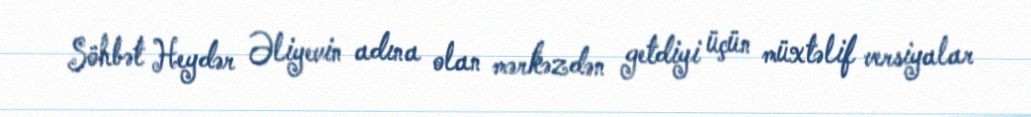
Söhbət Heydər Əliyevin adına olan mərkəzdən getdiyi üçün müxtəlif versiyalar